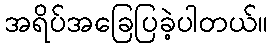
အရိပ်အခြေပြခဲ့ပါတယ်။